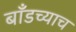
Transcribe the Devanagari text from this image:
बाँडच्याच